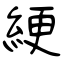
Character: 綆